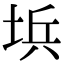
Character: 㙃